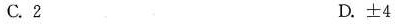
C.2 D.±4